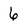
Character: 6